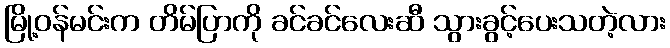
မြို့ဝန်မင်းက တိမ်ပြာကို ခင်ခင်လေးဆီ သွားခွင့်ပေးသတဲ့လား